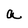
Character: a